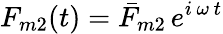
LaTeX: F_{m2}(t)=\bar{F}_{m2}\, e^{i\, \omega\, t}